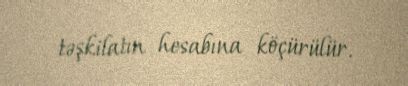
təşkilatın hesabına köçürülür.